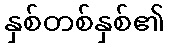
နှစ်တစ်နှစ်၏